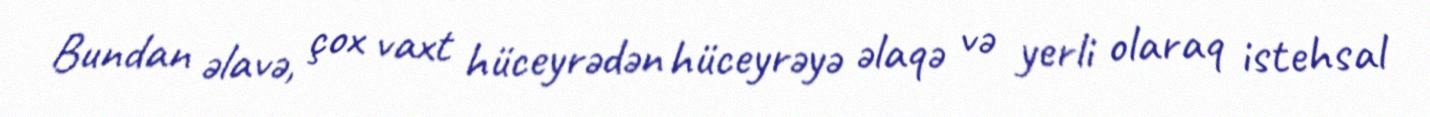
Bundan əlavə, çox vaxt hüceyrədən hüceyrəyə əlaqə və yerli olaraq istehsal